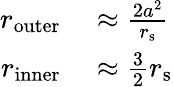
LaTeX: \begin{array}{rl}{r_{\mathrm{outer}}}&{{}\approx{\frac{2a^{2}}{r_{\mathrm{{s}}}}}}\\ {r_{\mathrm{inner}}}&{{}\approx{\frac{3}{2}}r_{\mathrm{{s}}}}\end{array}